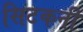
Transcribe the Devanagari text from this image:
सिटकनी